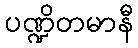
ပဏ္ဍိတမာနီ